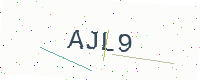
Text: AJL9